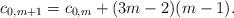
LaTeX: \begin{align*} c_{0,m+1}=c_{0,m}+(3m-2)(m-1).\end{align*}